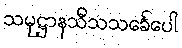
သမုဋ္ဌာနသီသသင်္ခေပေါ